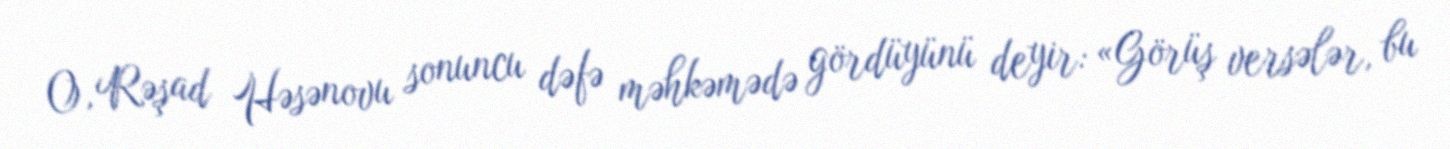
O, Rəşad Həsənovu sonuncu dəfə məhkəmədə gördüyünü deyir: «Görüş versələr, bu